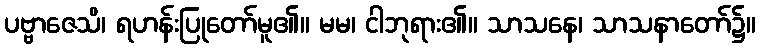
ပဗ္ဗာဇေသိ၊ ရဟန်းပြုတော်မူ၏။ မမ၊ ငါဘုရား၏။ သာသနေ၊ သာသနာတော်၌။